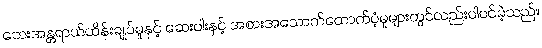
ဘေးအန္တရာယ်ထိန်းချုပ်မှုနှင့် ဆေးဝါးနှင့် အစားအသောက်ထောက်ပံ့မှုများတွင်လည်းပါဝင်ခဲ့သည်။